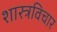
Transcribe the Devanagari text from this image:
शास्त्रविचार